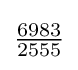
{\tfrac {6983}{2555}}